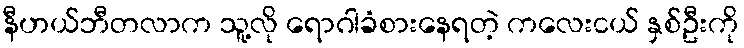
နီဟယ်ဘီတလာက သူ့လို ရောဂါခံစားနေရတဲ့ ကလေးငယ် နှစ်ဦးကို